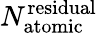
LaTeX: N_{\mathrm{atomic}}^{\mathrm{residual}}